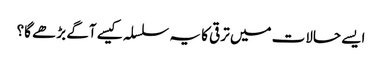
ایسے حالات میں ترقی کا یہ سلسلہ کیسے آگے بڑھے گا؟